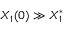
X _ { 1 } ( 0 ) \gg X _ { 1 } ^ { * }